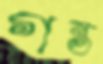
গন্ত